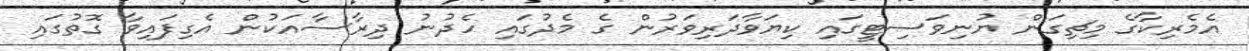
އެމެރިކާގެ މިޗިގަން ޔުނިވަސިޓީގައި ކިޔަވާދަރިވަރުން ގެ މެދުގައި ހެދުނު ދިރާސާއަކުން އެގިފައިވާ ގޮތުގައި